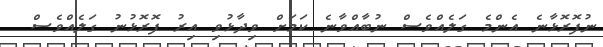
ނުފޮރޮޅާނެ އެންމެ ގަލެއްވެސް ނުބާއްވާނެ ކަމަށް ވިދާޅުވި އިރު ފޮރޮޅުނު ގަލެއްވެސް